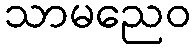
သာမညေဝ